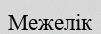
Межелік